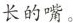
长的嘴。